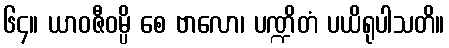
၆၄။ ယာဝဇီဝမ္ပိ စေ ဗာလော၊ ပဏ္ဍိတံ ပယိရုပါသတိ။